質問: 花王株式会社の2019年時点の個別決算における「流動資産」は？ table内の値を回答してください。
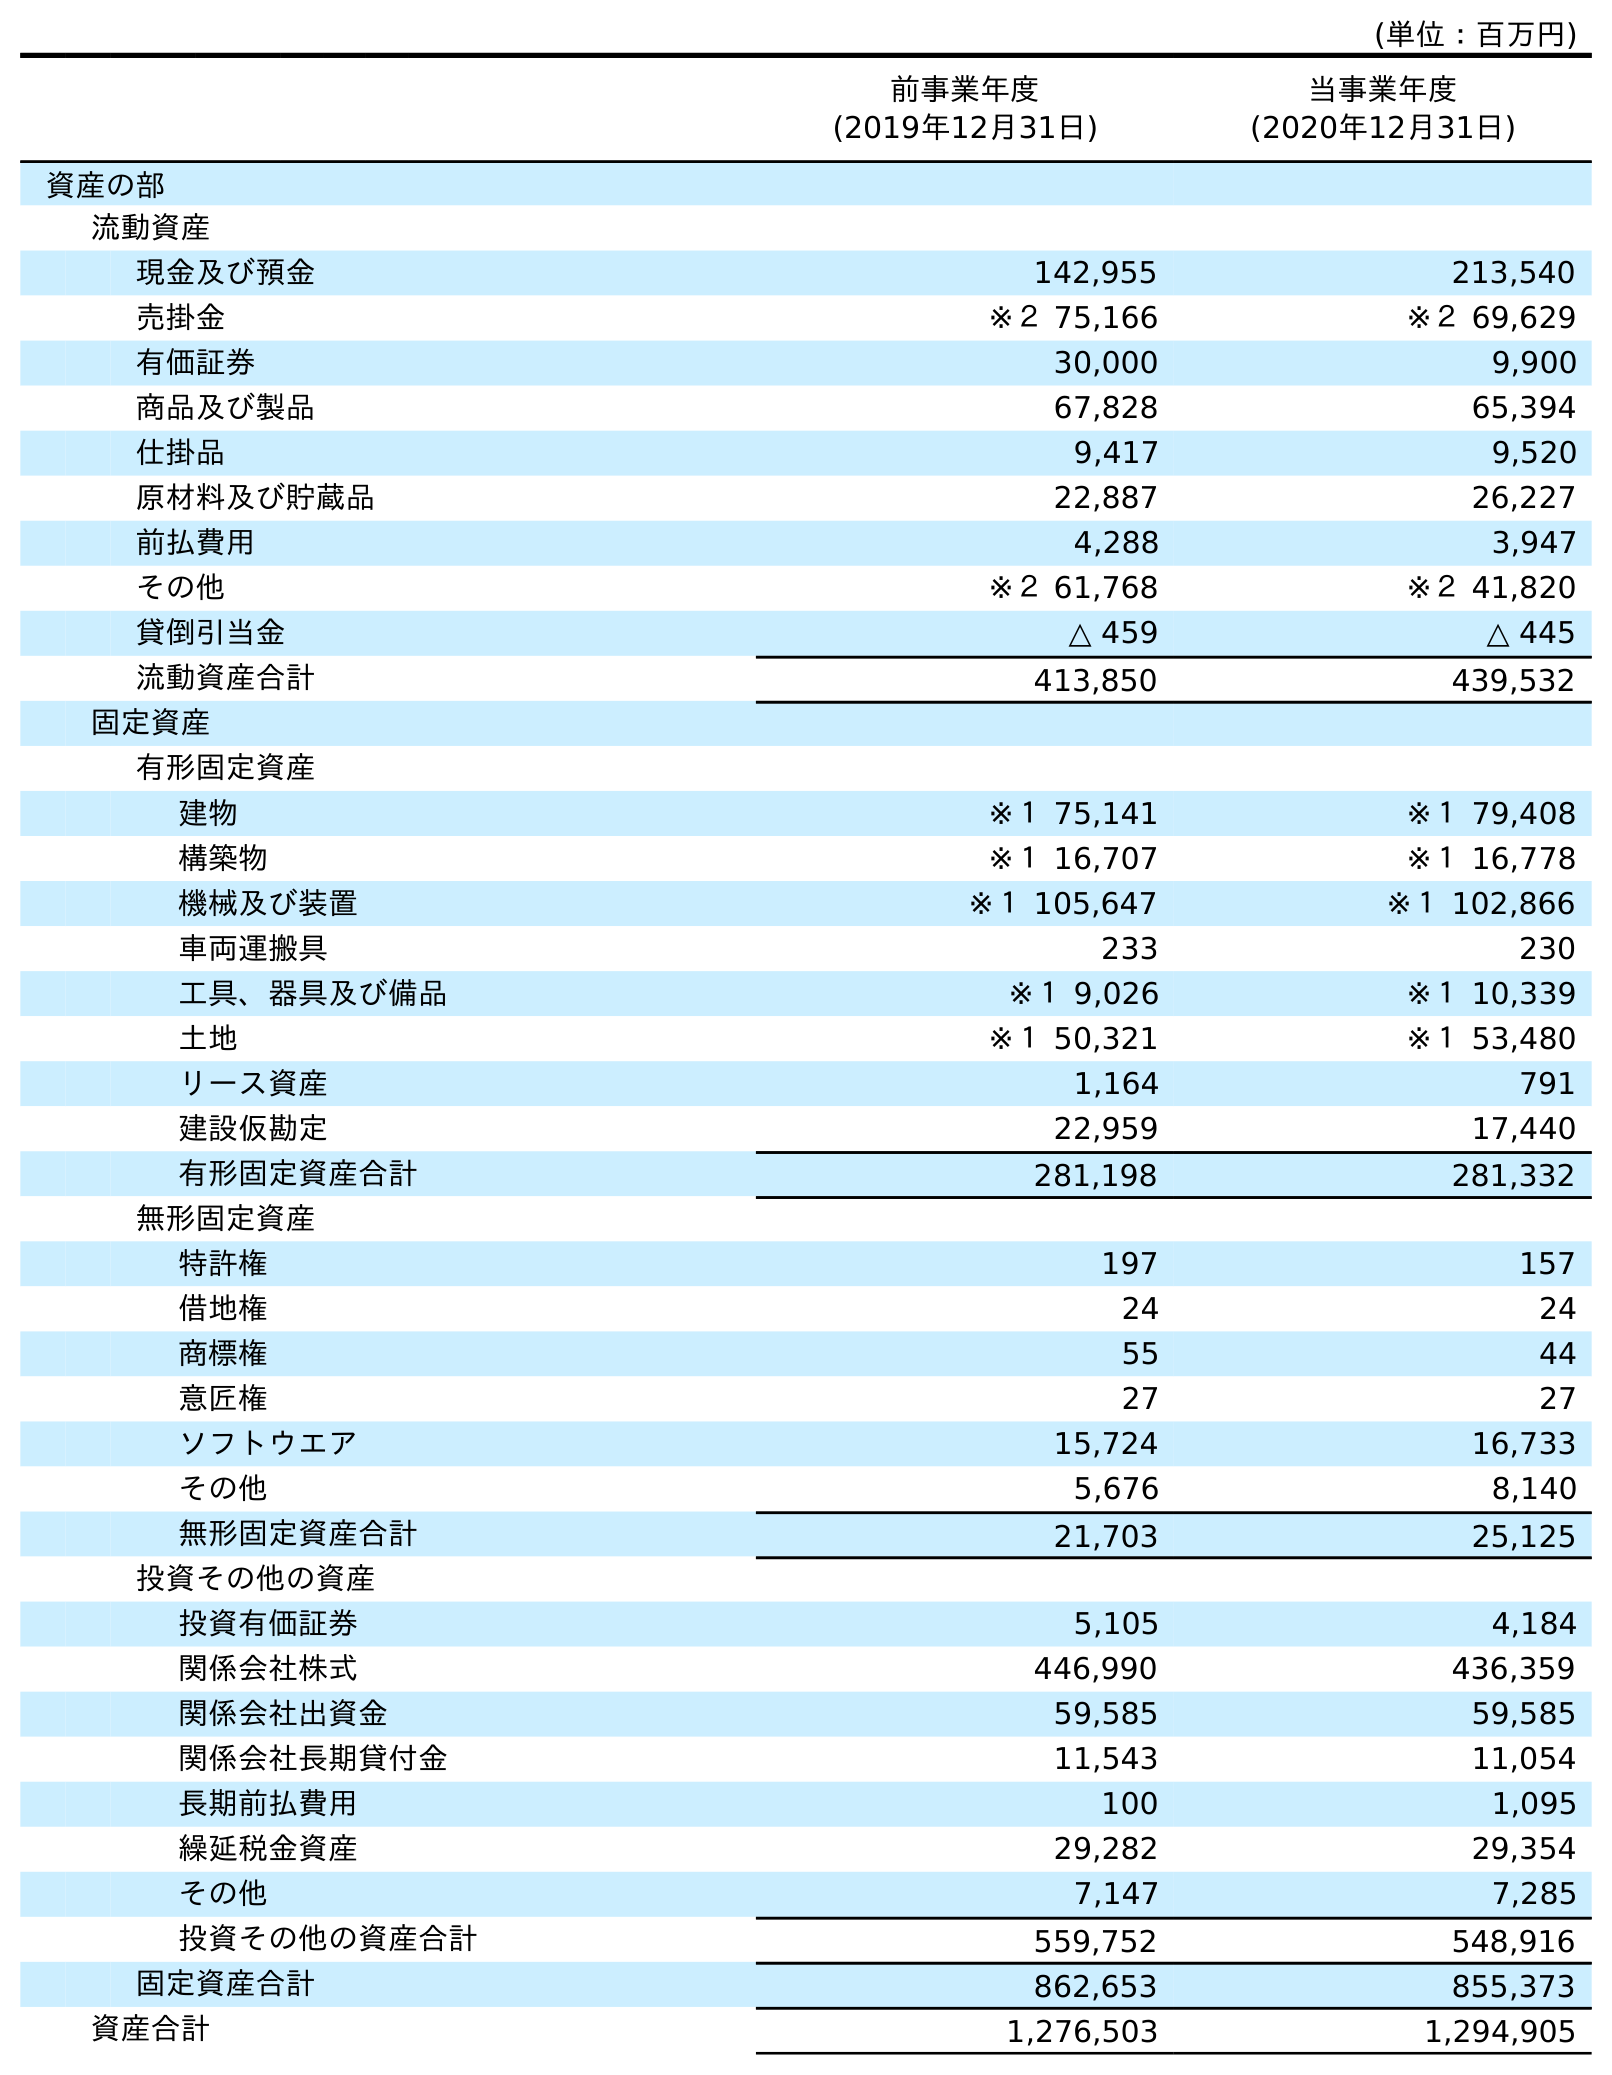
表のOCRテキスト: (単位：百万円) 前事業年度 (2019年12月31日) 当事業年度 (2020年12月31日) 資産の部 流動資産 現金及び預金 142,955 213,540 売掛金 ※２ 75,166 ※２ 69,629 有価証券 30,000 9,900 商品及び製品 67,828 65,394 仕掛品 9,417 9,520 原材料及び貯蔵品 22,887 26,227 前払費用 4,288 3,947 その他 ※２ 61,768 ※２ 41,820 貸倒引当金 △ 459 △ 445 流動資産合計 413,850 439,532 固定資産 有形固定資産 建物 ※１ 75,141 ※１ 79,408 構築物 ※１ 16,707 ※１ 16,778 機械及び装置 ※１ 105,647 ※１ 102,866 車両運搬具 233 230 工具、器具及び備品 ※１ 9,026 ※１ 10,339 土地 ※１ 50,321 ※１ 53,480 リース資産 1,164 791 建設仮勘定 22,959 17,440 有形固定資産合計 281,198 281,332 無形固定資産 特許権 197 157 借地権 24 24 商標権 55 44 意匠権 27 27 ソフトウエア 15,724 16,733 その他 5,676 8,140 無形固定資産合計 21,703 25,125 投資その他の資産 投資有価証券 5,105 4,184 関係会社株式 446,990 436,359 関係会社出資金 59,585 59,585 関係会社長期貸付金 11,543 11,054 長期前払費用 100 1,095 繰延税金資産 29,282 29,354 その他 7,147 7,285 投資その他の資産合計 559,752 548,916 固定資産合計 862,653 855,373 資産合計 1,276,503 1,294,905
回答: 413,850